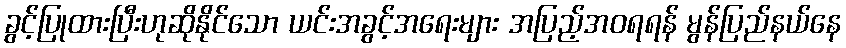
ခွင့်ပြုထားပြီးဟုဆိုနိုင်သော ယင်းအခွင့်အရေးများ အပြည့်အဝရရန် မွန်ပြည်နယ်နေ